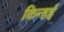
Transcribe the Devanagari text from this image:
किन्हई